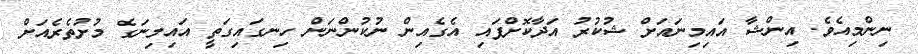
ނިންމިއެވެ. އިންޝާ އައިމިނައަށް ޝުކުރު އަދާކޮށްފައި އެގެއިން ނުކުންނަން ހިނގައިގަތީ އައިމިނަގެ މުށުތެރެއަށް